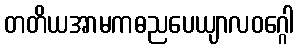
တတိယအာမကဓညပေယျာလဝဂ္ဂေါ